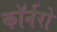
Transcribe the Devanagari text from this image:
कॉर्नरो